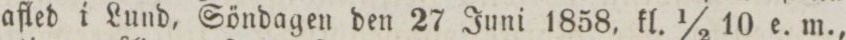
afled i Lund, Söndagen den 27 Juni 1858, kl. ½ 10 e. m.,